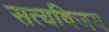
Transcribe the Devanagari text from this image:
सत्यविजय